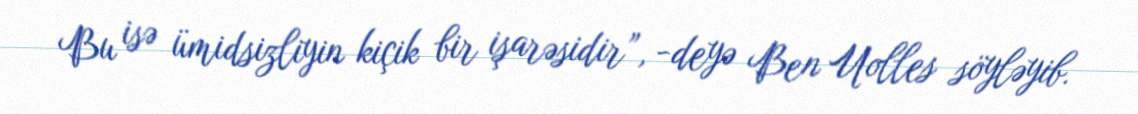
Bu isə ümidsizliyin kiçik bir işarəsidir”, -deyə Ben Uolles söyləyib.